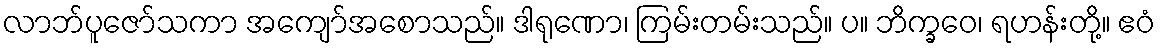
လာဘ်ပူဇော်သကာ အကျော်အစောသည်။ ဒါရုဏော၊ ကြမ်းတမ်းသည်။ ပ။ ဘိက္ခဝေ၊ ရဟန်းတို့။ ဧဝံ